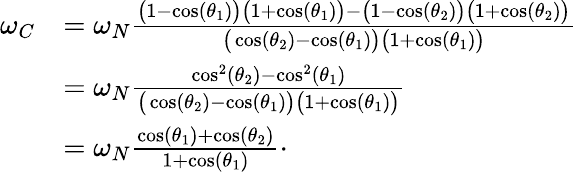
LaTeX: \begin{array}{rl}{\omega_{C}}&{=\omega_{N}\frac{\big(1-\cos(\theta_{1})\big)\big(1+\cos(\theta_{1})\big)-\big(1-\cos(\theta_{2})\big)\big(1+\cos(\theta_{2})\big)}{\big(\cos(\theta_{2})-\cos(\theta_{1})\big)\big(1+\cos(\theta_{1})\big)}}\\ &{=\omega_{N}\frac{\cos^{2}(\theta_{2})-\cos^{2}(\theta_{1})}{\big(\cos(\theta_{2})-\cos(\theta_{1})\big)\big(1+\cos(\theta_{1})\big)}}\\ &{=\omega_{N}\frac{\cos(\theta_{1})+\cos(\theta_{2})}{1+\cos(\theta_{1})}\cdot}\end{array}